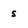
Character: s